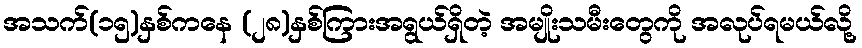
အသက်(၁၅)နှစ်ကနေ (၂၈)နှစ်ကြားအရွယ်ရှိတဲ့ အမျိုးသမီးတွေကို အလုပ်ရမယ်လို့